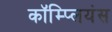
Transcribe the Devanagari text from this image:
कॉम्प्लियंस